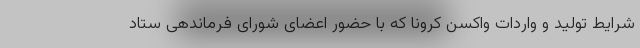
شرایط تولید و واردات واکسن کرونا که با حضور اعضای شورای فرماندهی ستاد